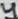
Text: 4